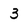
Character: 3